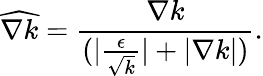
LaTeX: \widehat{\nabla k}=\frac{\nabla k}{(|\frac{\epsilon}{\sqrt{k}}|+|\nabla k|)}.